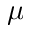
\mu